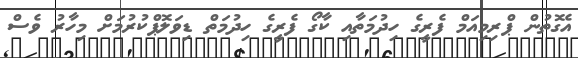
އެގޮތުން ޕްރިމިއަމް ފެރީގެ ހިދުމަތާއި ކާގޯ ފެރީގެ ހިދުމަތް ޑިވަލޮޕްކުރުމަށް މިހާރު ވެސް